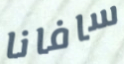
سافانا